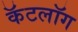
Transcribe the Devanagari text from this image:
कॅटलॉग